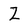
Character: Z